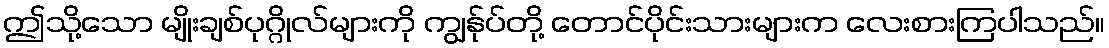
ဤသို့သော မျိုးချစ်ပုဂ္ဂိုလ်များကို ကျွန်ုပ်တို့ တောင်ပိုင်းသားများက လေးစားကြပါသည်။